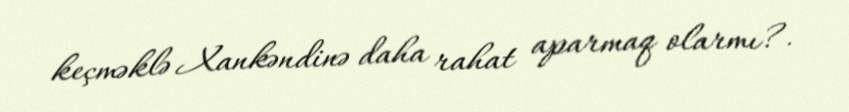
keçməklə Xankəndinə daha rahat aparmaq olarmı?.